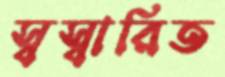
স্বস্বারিত